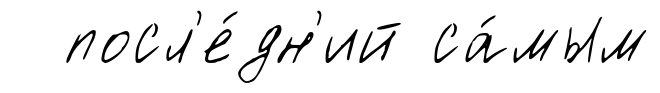
посл'е́дн'ий са́мым